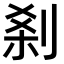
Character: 𠜽